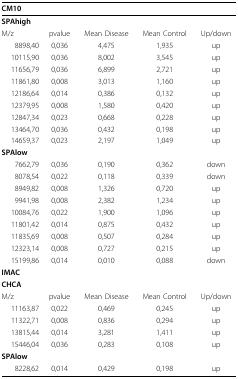
| CM10 |  |  |  |  |
 | --- | --- | --- | --- | --- |
 | SPAhigh |  |  |  |  |
 | M/z | pvalue | Mean Disease | Mean Control | Up/down |
 | 8898,40 | 0,036 | 4,475 | 1,935 | up |
 | 10115,90 | 0,036 | 8,002 | 3,545 | up |
 | 11656,79 | 0,036 | 6,899 | 2,721 | up |
 | 11861,80 | 0,008 | 3,013 | 1,160 | up |
 | 12186,64 | 0,014 | 0,386 | 0,132 | up |
 | 12379,95 | 0,008 | 1,580 | 0,420 | up |
 | 12847,34 | 0,023 | 0,668 | 0,228 | up |
 | 13464,70 | 0,036 | 0,432 | 0,198 | up |
 | 14659,37 | 0,023 | 2,197 | 1,049 | up |
 | SPAlow |  |  |  |  |
 | 7662,79 | 0,036 | 0,190 | 0,362 | down |
 | 8078,54 | 0,022 | 0,118 | 0,339 | down |
 | 8949,82 | 0,008 | 1,326 | 0,720 | up |
 | 9941,98 | 0,008 | 2,382 | 1,234 | up |
 | 10084,76 | 0,022 | 1,900 | 1,096 | up |
 | 11801,42 | 0,014 | 0,875 | 0,432 | up |
 | 11835,69 | 0,008 | 0,507 | 0,284 | up |
 | 12323,14 | 0,008 | 0,727 | 0,215 | up |
 | 15199,86 | 0,014 | 0,010 | 0,088 | down |
 | IMAC |  |  |  |  |
 | CHCA |  |  |  |  |
 | M/z | pvalue | Mean Disease | Mean Control | Up/down |
 | 11163,87 | 0,022 | 0,469 | 0,245 | up |
 | 11322,71 | 0,008 | 0,836 | 0,294 | up |
 | 13815,44 | 0,014 | 3,281 | 1,411 | up |
 | 15446,04 | 0,036 | 0,283 | 0,108 | up |
 | SPAlow |  |  |  |  |
 | 8228,62 | 0,014 | 0,429 | 0,198 | up |